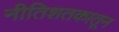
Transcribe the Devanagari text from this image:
नीतिशतकातून